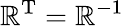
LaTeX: \mathbb{R}^{\mathrm{{T}}}=\mathbb{R}^{-1}